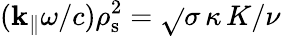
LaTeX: (\mathbf{k}_{\| }\omega/c)\rho_{\mathrm{{s}}}^{2}=\sqrt{}{{\sigma}}\, \kappa\, K/\nu